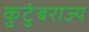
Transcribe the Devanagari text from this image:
कुटुंबराज्य